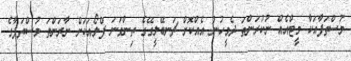
މުސްތަފާއަކާ މީޓްއެއް ނުކުރަންތަ ދެމީހުން އެއްކޮށް ޗަނބޭލީގޭގެ ތިންވަނަ ފްލޯއަކަށް ނާރަންތަ މުސްތަފާގެ